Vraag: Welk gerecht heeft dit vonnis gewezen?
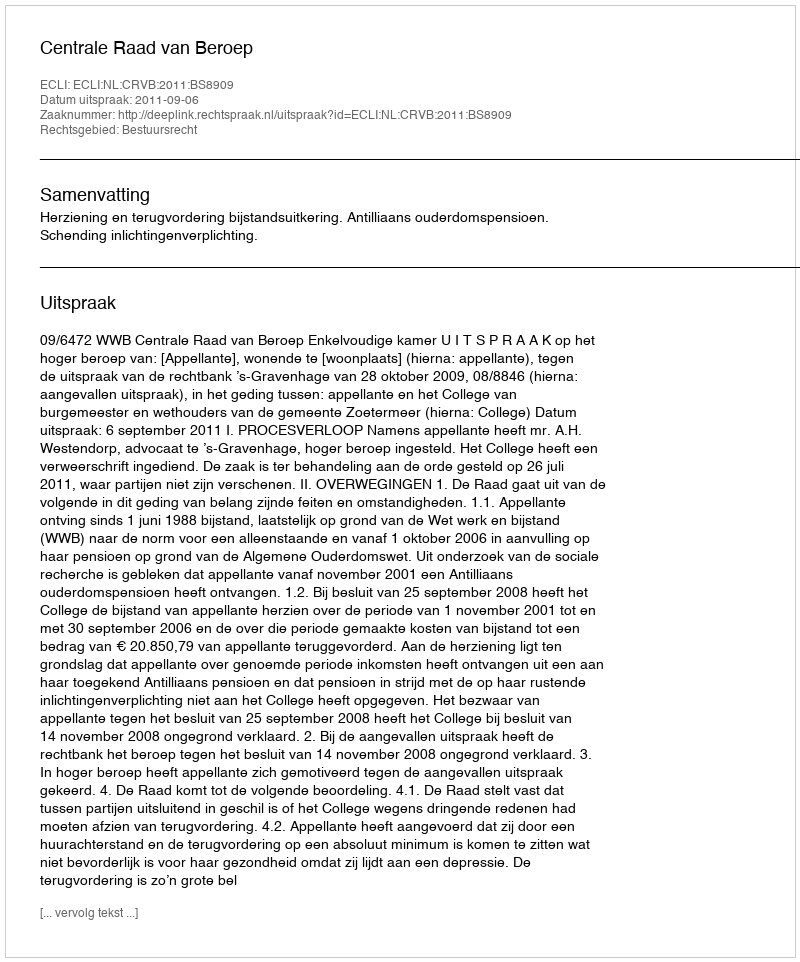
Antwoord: Centrale Raad van Beroep